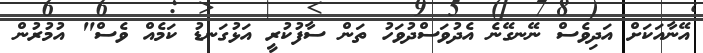
އޭނާއަކަށް އަދިވެސް ނޭނގޭނެ އެދުވަސްދުވަހު ތަން ސާފުކުރީ އަޅުގަނޑު ކަމެއް ވެސް" އުމުރުން